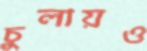
চুলায়ও